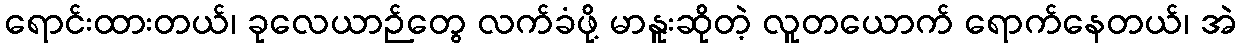
ရောင်းထားတယ်၊ ခုလေယာဉ်တွေ လက်ခံဖို့ မာနူးဆိုတဲ့ လူတယောက် ရောက်နေတယ်၊ အဲ